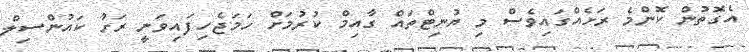
އެގޮތުން ކޮންމެ ރަށެއްގައިވެސް މި ޔުނިޓްތައް ގާއިމް ކުރުމަށް ހަމަޖެހިފައިވަނީ ރަށު ކައުންސިލް